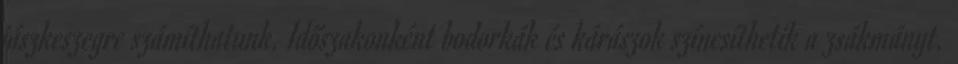
jászkeszegre számíthatunk. Időszakonként bodorkák és kárászok színesíthetik a zsákmányt.